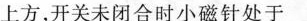
上方，开关未闭合时小磁针处于